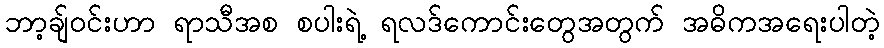
ဘာ့ချ်ဝင်းဟာ ရာသီအစ စပါးရဲ့ ရလဒ်ကောင်းတွေအတွက် အဓိကအရေးပါတဲ့